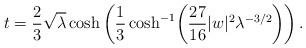
LaTeX: \begin{align*}t=\frac{2}{3}\sqrt{\lambda}\cosh\left(\frac{1}{3}\cosh^{-1}\!\left(\frac{27}{16}|w|^2\lambda^{-3/2}\right)\right).\end{align*}